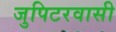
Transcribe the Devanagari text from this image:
जुपिटरवासी